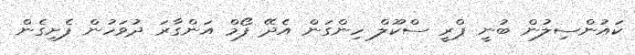
ކައުންސިލުން ބުނީ ޕްރީ ސްކޫލް ހިންގަން އެދޭ ފޯމް އަންގާރަ ދުވަހުން ފެށިގެން